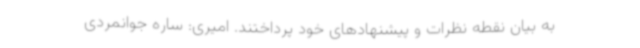
به بیان نقطه نظرات و پیشنهادهای خود پرداختند. امیری: ساره جوانمردی